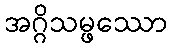
အဂ္ဂိသမ္ဖဿော